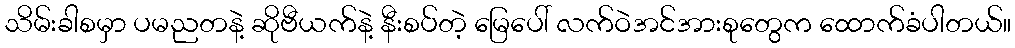
သိမ်းခါစမှာ ပမညတနဲ့ ဆိုဗီယက်နဲ့ နီးစပ်တဲ့ မြေပေါ် လက်ဝဲအင်အားစုတွေက ထောက်ခံပါတယ်။